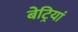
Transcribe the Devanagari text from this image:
बेट्रियां